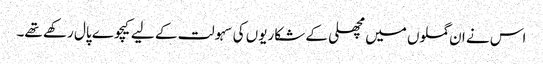
اس نے ان گملوں میں مچھلی کے شکاریوں کی سہولت کے لیے کیچوے پال رکھے تھے۔